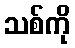
သစ်ကို